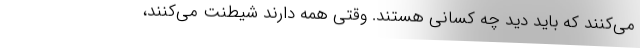
می‌کنند که باید دید چه کسانی هستند. وقتی همه دارند شیطنت می‌کنند،